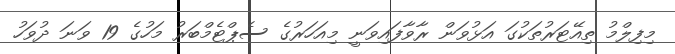
މިފިލްމު ތިއޭޓަރުތަކުގަ އަޅުވަން ރާވާފައިވަނީ މިއަހަރުގެ ސެޕްޓެމްބަރު މަހުގެ 19 ވަނަ ދުވަހު